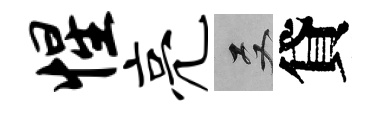
惺亮双貸